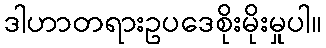
ဒါဟာတရားဥပဒေစိုးမိုးမှုပါ။